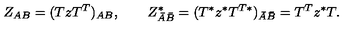
Z _ { A B } = ( T z T ^ { T } ) _ { A B } , \quad \quad Z _ { \bar { A } \bar { B } } ^ { * } = ( T ^ { * } z ^ { * } T ^ { T * } ) _ { \bar { A } \bar { B } } = T ^ { T } z ^ { * } T .